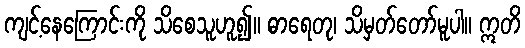
ကျင့်နေကြောင်းကို သိစေသူဟူ၍။ ဓာရေတု၊ သိမှတ်တော်မူပါ။ ဣတိ